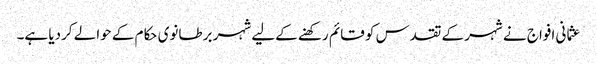
عثما نی افواج نے شہر کے تقدس کو قائم رکھنے کےلیے شہر برطانوی حکام کے حوالے کردیا ہے۔